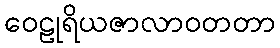
ဝေဠုရိယဇာလာဝတတာ